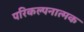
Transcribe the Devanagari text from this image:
परिकल्‍पनात्‍मक